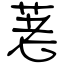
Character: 荖